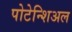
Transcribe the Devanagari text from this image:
पोटेन्शिअल